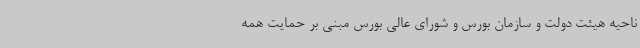
ناحیه هیئت دولت و سازمان بورس و شورای عالی بورس مبنی بر حمایت همه